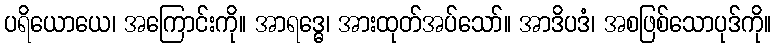
ပရိယောယေ၊ အကြောင်းကို။ အာရဒ္ဓေ၊ အားထုတ်အပ်သော်။ အာဒိပဒံ၊ အစဖြစ်သောပုဒ်ကို။